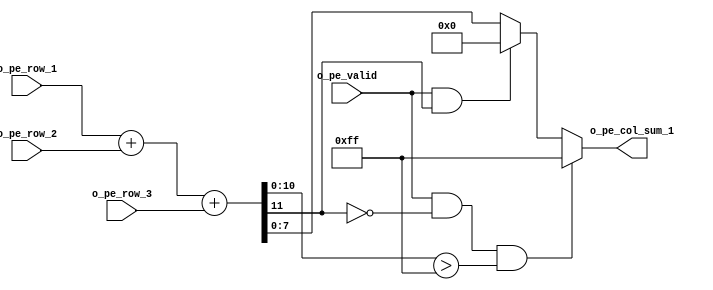
`timescale 1ns / 1ps
//////////////////////////////////////////////////////////////////////////////////
// Company: 
// Engineer: 
// 
// Design Name: 
// Module Name: manage_overflow
// Project Name: 
// Target Devices: 
// Tool Versions: 
// Description: 
// 
// Dependencies: 
// 
// Revision:
// Revision 0.01 - File Created
// Additional Comments:
// 
//////////////////////////////////////////////////////////////////////////////////


module manage_overflow(
input signed [10:0] o_pe_row_1,
input signed [10:0] o_pe_row_2,
input signed [10:0] o_pe_row_3,
input o_pe_valid,
output reg [7:0] o_pe_col_sum_1
    );
    
    wire signed [11:0] tmp1;
        
    assign tmp1 = o_pe_row_1 + o_pe_row_2+ o_pe_row_3;

    always@(*) begin
        if((o_pe_valid) && !(tmp1[11]) && (tmp1[10:0] > 255)) o_pe_col_sum_1 = 8'b11111111;
        else if((o_pe_valid) && (tmp1[11])) o_pe_col_sum_1 = 8'b00000000;
        else o_pe_col_sum_1 = {tmp1[7:0]};
    end
    
endmodule